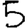
Digit: 5